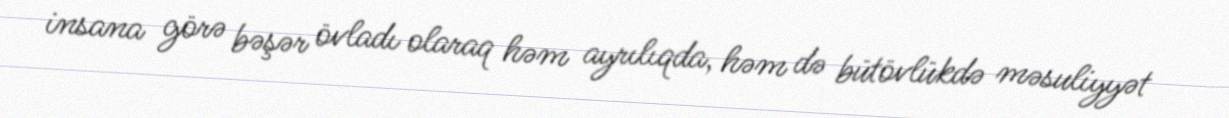
insana görə bəşər övladı olaraq həm ayrılıqda, həm də bütövlükdə məsuliyyət